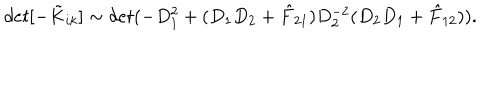
LaTeX: d e t [ - \tilde { K } _ { i k } ] \sim d e t ( - D _ { 1 } ^ { 2 } + ( D _ { 1 } D _ { 2 } + \hat { F } _ { 2 1 } ) D _ { 2 } ^ { - 2 } ( D _ { 2 } D _ { 1 } + \hat { F } _ { 1 2 } ) ) .